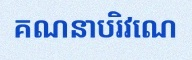
គណនាបរិវេណ